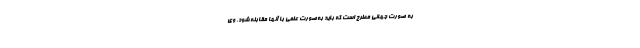
به صورت جهانی مطرح است که باید به‌صورت علمی با آنها مقابله شود. وی